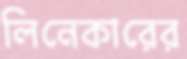
লিনেকারের